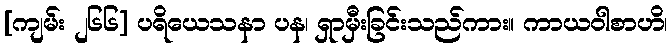
[ကျမ်း ၂၆၆] ပရိယေသနာ ပန၊ ရှာမှီးခြင်းသည်ကား။ ကာယဝါစာဟိ၊